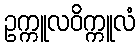
ဥက္ကူလဝိက္ကူလံ